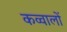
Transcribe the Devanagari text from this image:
कव्वालों